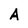
Character: A